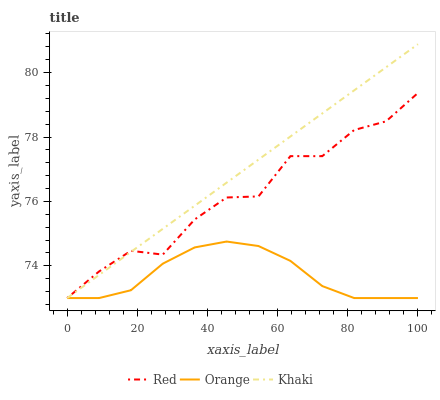
| xaxis_label | Red | Orange | Khaki |
 | --- | --- | --- | --- |
 | 0 | 73 | 73 | 73 |
 | 9.09 | 73.8 | 73 | 73.7 |
 | 18.2 | 74.5 | 73.2 | 74.4 |
 | 27.3 | 74.3 | 74.1 | 75.2 |
 | 36.4 | 75.4 | 74.6 | 75.9 |
 | 45.5 | 76.1 | 74.8 | 76.6 |
 | 54.5 | 76.2 | 74.6 | 77.3 |
 | 63.6 | 77.4 | 74.2 | 78 |
 | 72.7 | 77.4 | 73.4 | 78.7 |
 | 81.8 | 78.2 | 73 | 79.5 |
 | 90.9 | 78.5 | 73 | 80.2 |
 | 100 | 79.4 | 73 | 80.9 |